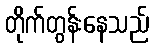
တိုက်တွန်းနေသည်